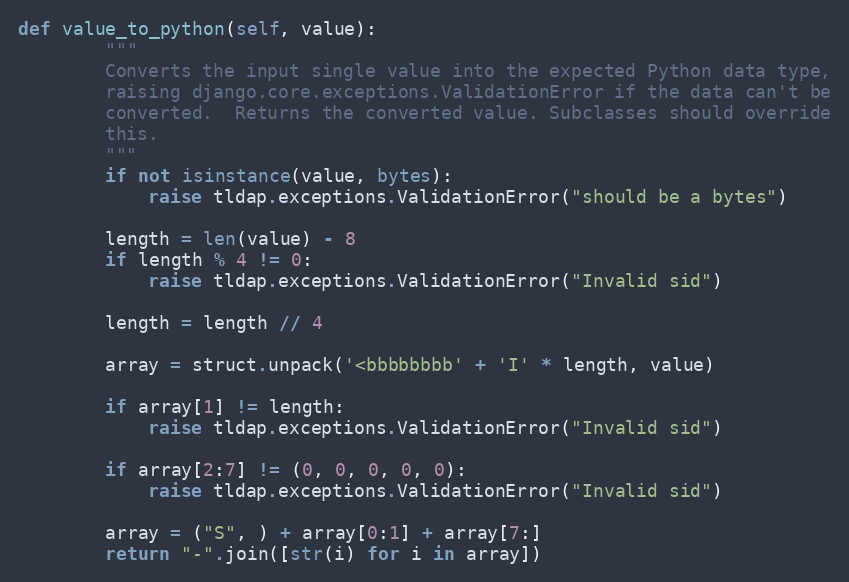
Language: Python
def value_to_python(self, value):
        """
        Converts the input single value into the expected Python data type,
        raising django.core.exceptions.ValidationError if the data can't be
        converted.  Returns the converted value. Subclasses should override
        this.
        """
        if not isinstance(value, bytes):
            raise tldap.exceptions.ValidationError("should be a bytes")

        length = len(value) - 8
        if length % 4 != 0:
            raise tldap.exceptions.ValidationError("Invalid sid")

        length = length // 4

        array = struct.unpack('<bbbbbbbb' + 'I' * length, value)

        if array[1] != length:
            raise tldap.exceptions.ValidationError("Invalid sid")

        if array[2:7] != (0, 0, 0, 0, 0):
            raise tldap.exceptions.ValidationError("Invalid sid")

        array = ("S", ) + array[0:1] + array[7:]
        return "-".join([str(i) for i in array])